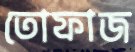
তোফাজ